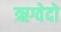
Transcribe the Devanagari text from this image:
ऋग्वेदो